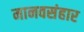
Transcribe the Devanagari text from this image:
मानवसंहार